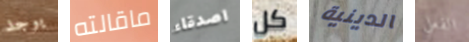
يوجد ماقالته اصدقاء كل الدينية الفعلي